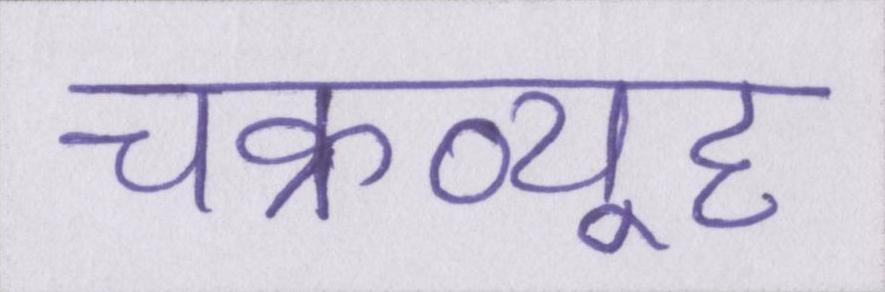
चक्रव्यूह